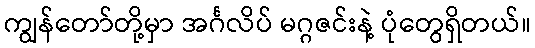
ကျွန်တော်တို့မှာ အင်္ဂလိပ် မဂ္ဂဇင်းနဲ့ ပုံတွေရှိတယ်။